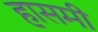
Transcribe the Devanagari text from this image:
हासमी